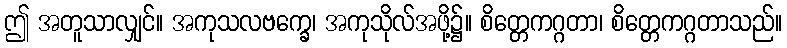
ဤ အတူသာလျှင်။ အကုသလဗက္ခေ၊ အကုသိုလ်အဖို့၌။ စိတ္တေကဂ္ဂတာ၊ စိတ္တေကဂ္ဂတာသည်။